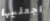
اجعليها